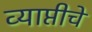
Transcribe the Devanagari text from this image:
व्याप्तीचे